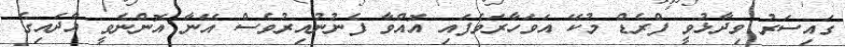
ގައިސަރު ވިދާޅުވީ ފްރެޑް މުކޭ އަވަހާރަވެފައި އޮއްވާ ފެނުނުއިރުވެސް އޭނާ އޮންނެވީ އާދައިގެ